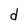
Character: d